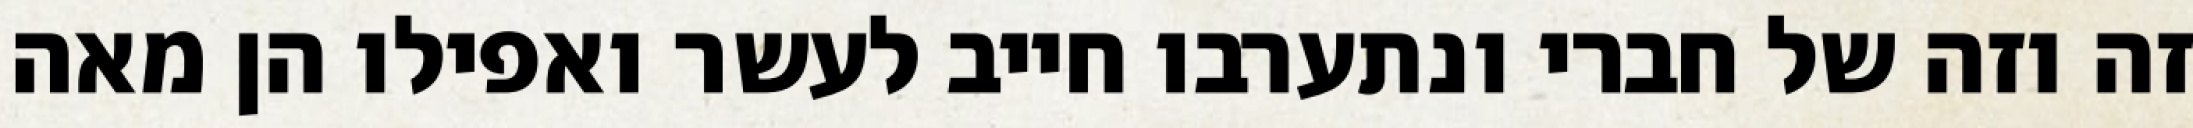
זה וזה של חברי ונתערבו חייב לעשר ואפילו הן מאה